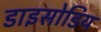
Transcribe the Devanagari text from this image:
डाइसोडिय